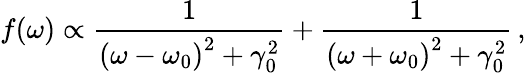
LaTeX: f(\omega)\propto\frac{1}{\left(\omega-\omega_{0}\right)^{2}+\gamma_{0}^{2}}+\frac{1}{\left(\omega+\omega_{0}\right)^{2}+\gamma_{0}^{2}}\, ,